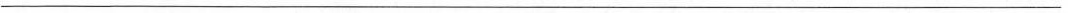
___